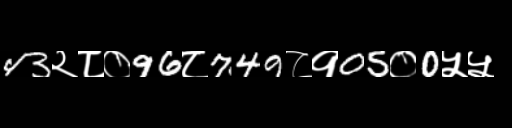
Text: 43२८०96८749८१05०0५५